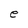
Character: e